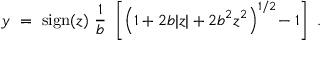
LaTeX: y ~ = ~ \mathrm { s i g n } ( z ) ~ \frac { 1 } { b } ~ \left[ \left( 1 + 2 b | z | + 2 b ^ { 2 } z ^ { 2 } \right) ^ { 1 / 2 } \! - 1 \right] ~ .